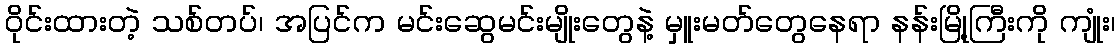
ဝိုင်းထားတဲ့ သစ်တပ်၊ အပြင်က မင်းဆွေမင်းမျိုးတွေနဲ့ မှူးမတ်တွေနေရာ နန်းမြို့ကြီးကို ကျုံး၊